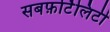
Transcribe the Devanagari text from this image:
सबफ़र्टिलिटी